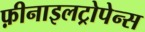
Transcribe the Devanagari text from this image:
फ़ीनाइलट्रोपेन्स